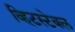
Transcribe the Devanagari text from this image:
व्हिटस्टेबल